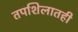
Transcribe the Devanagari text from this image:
तपशिलातही